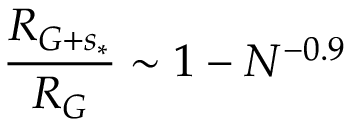
\frac { { R } _ { G + s _ { * } } } { R _ { G } } \sim 1 - N ^ { - 0 . 9 }